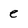
Character: e